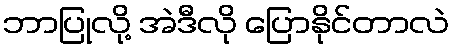
ဘာပြုလို့ အဲဒီလို ပြောနိုင်တာလဲ